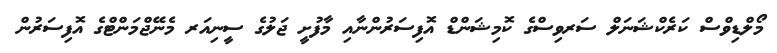
މޯލްޑިވްސް ކަރެކްޝަނަލް ސަރވިސްގެ ކޮމިޝަންޑް އޮފިސަރުންނާއި މާފުށީ ޖަލުގެ ސީނިއަރ މެނޭޖްމަންޓްގެ އޮފިސަރުން